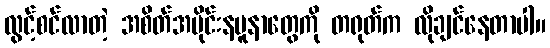
လွင့်စင်လာတဲ့ အစိတ်အပိုင်းနမူနာတွေကို တရုတ်က လိုချင်နေတာပါ။